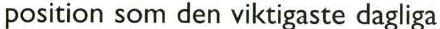
position som den viktigaste dagliga